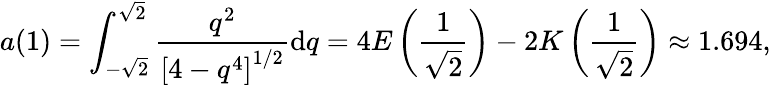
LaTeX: a(1)=\int_{-\sqrt{2}}^{\sqrt{2}}\frac{q^{2}}{\left[4-q^{4}\right]^{1/2}}\mathrm{d}q=4E\left(\frac{1}{\sqrt{2}}\right)-2K\left(\frac{1}{\sqrt{2}}\right)\approx 1.694,